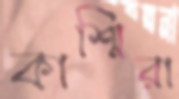
কাশ্মিরা